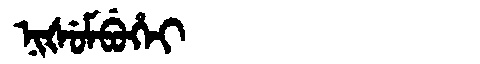
Manchu: ᠨᡳᡧᡠᠮᠪᡠᡥᡝᡳ
Romanization: NIŠUMBUHEI